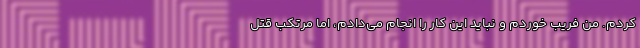
کردم. من فریب خوردم و نباید این کار را انجام می‌دادم، اما مرتکب قتل